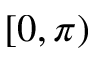
[ 0 , \pi )